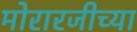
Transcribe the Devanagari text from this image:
मोरारजीच्या